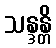
သန္ဒန္တိ